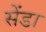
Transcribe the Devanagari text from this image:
सेंडा